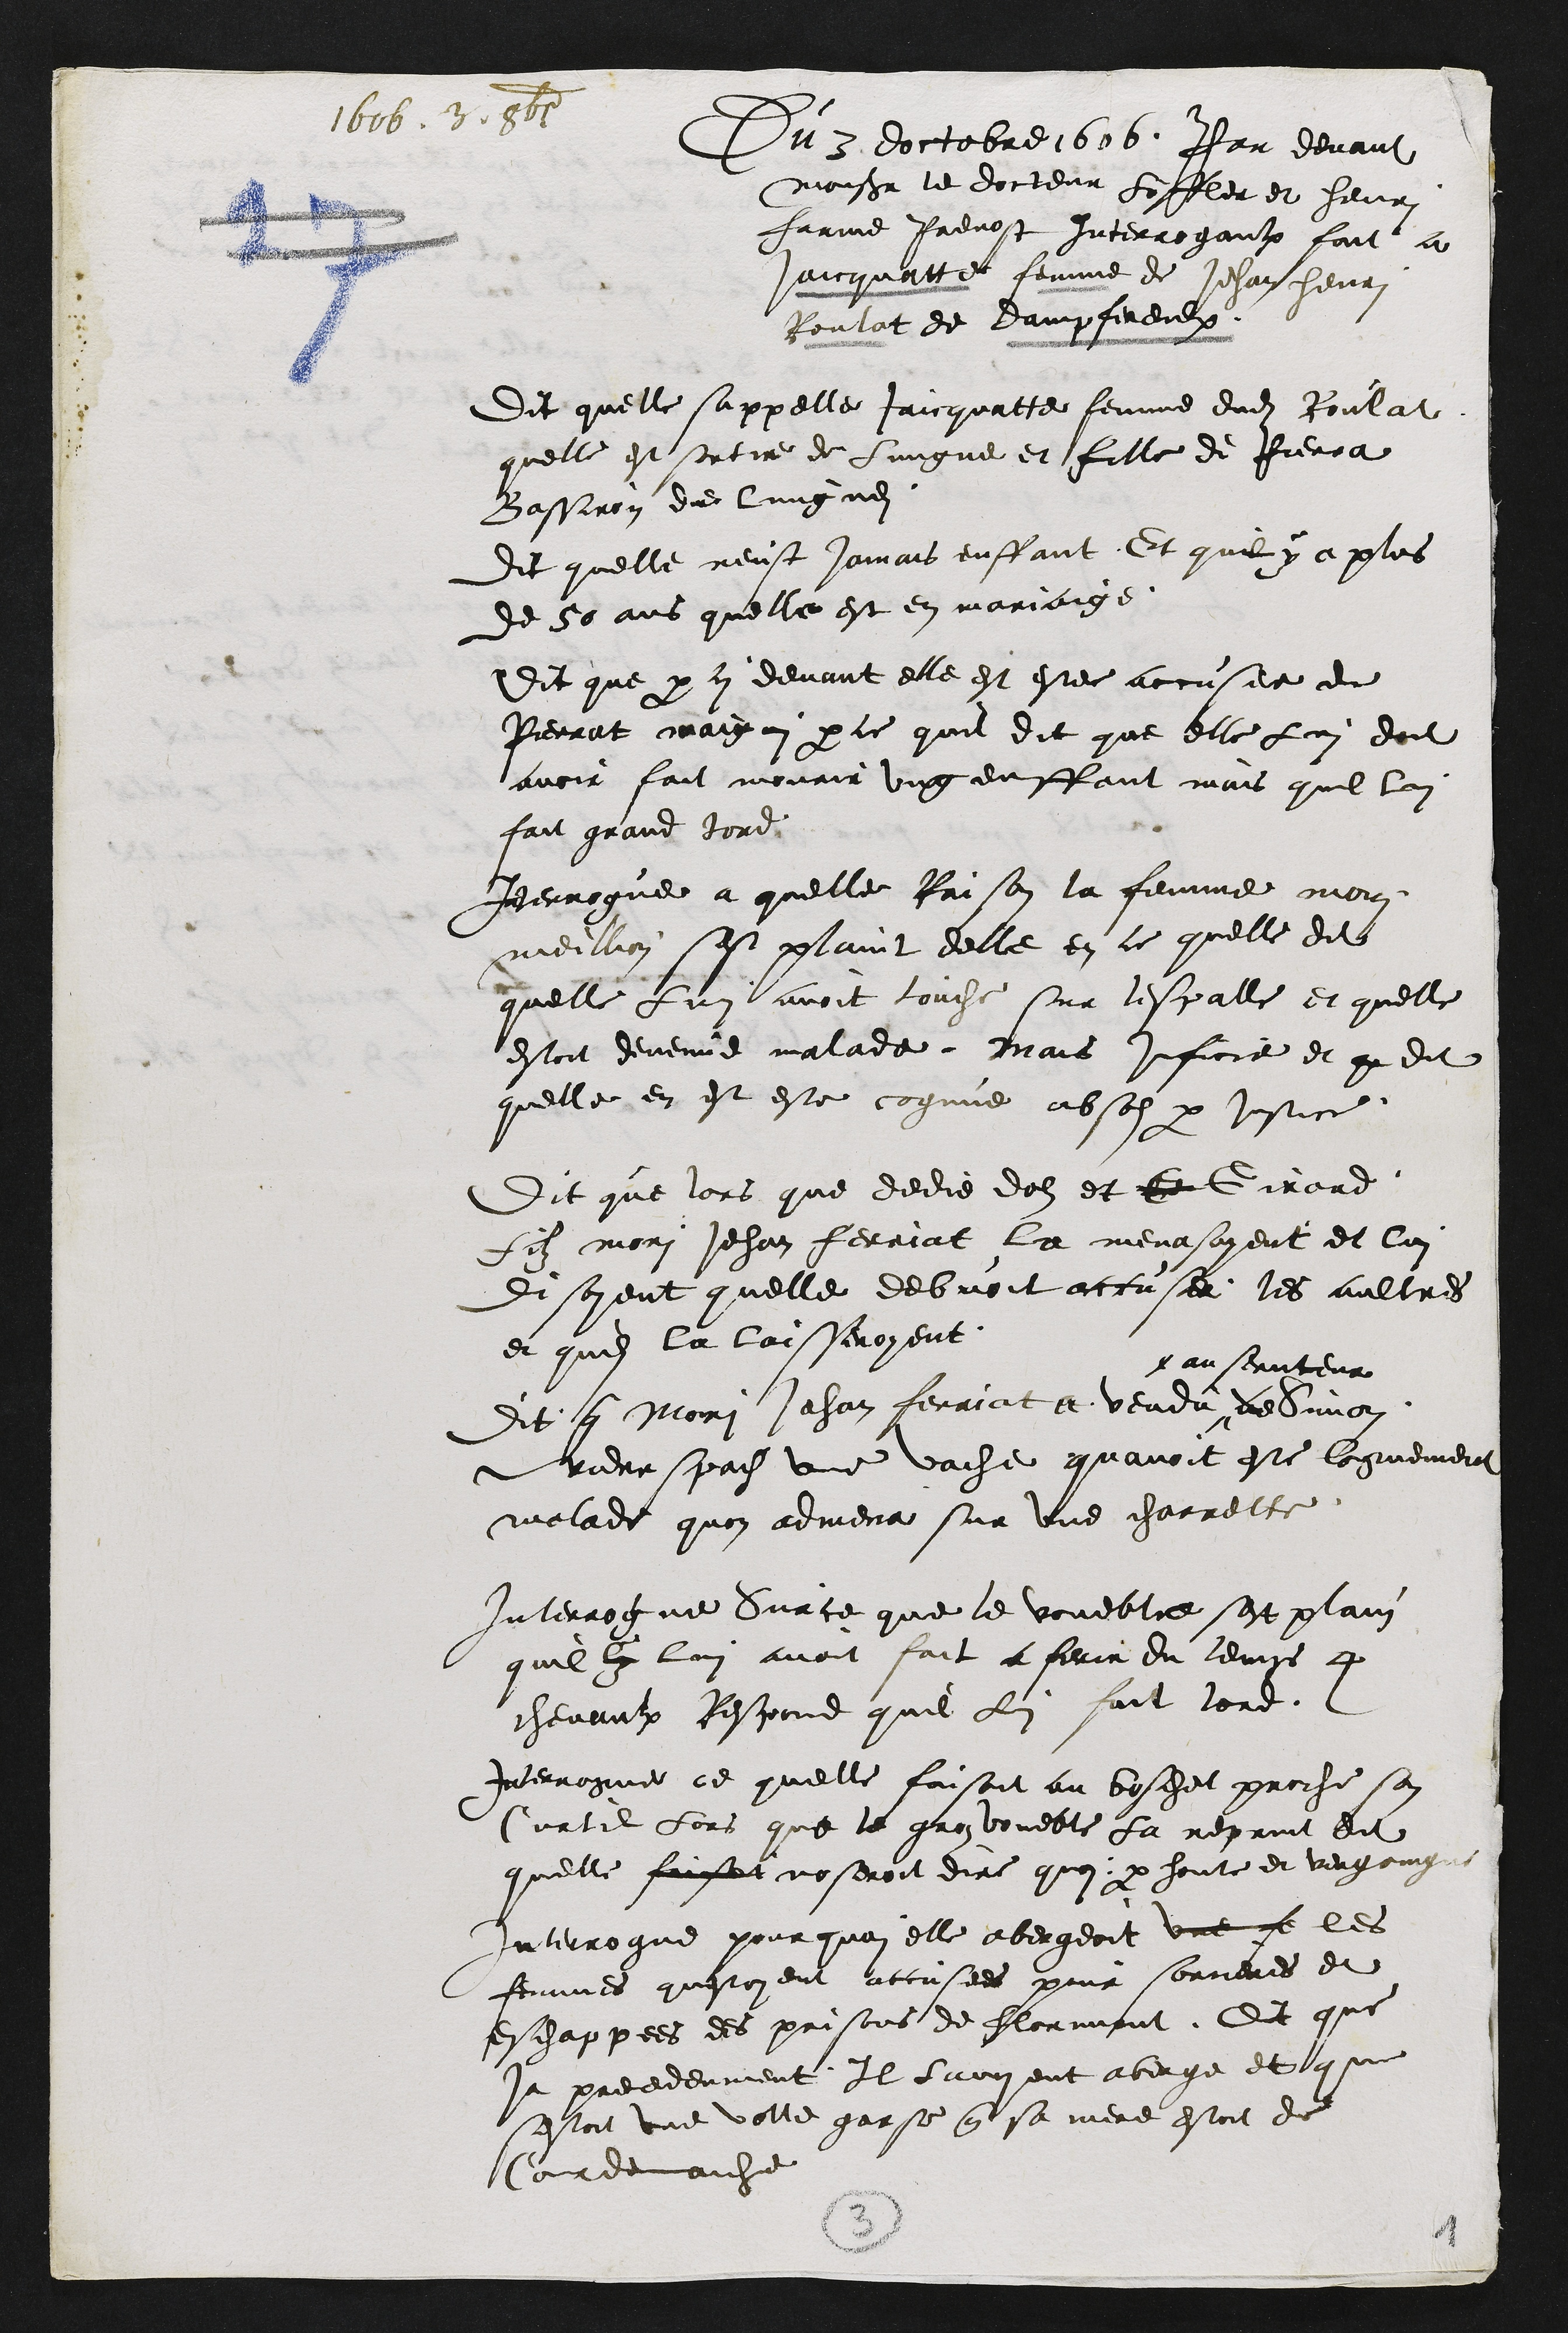
1606. 3. Octobris
Du 3 doctobre 1606. Par devant
Monsieur le docteur Löffler et henri
farine Prevost interrogaulx fait a
Jaicquatte femme de Jehan henri
Roulat de Dampfereulx.
Dit quelle sappelle Jaicquatte femme dudit Roulat
quelle est sortie de Lungne et fille de Pierra
Bassiron dudit lungnei.
Dit quelle neust jamais enffant, Et quil y a plus
de 50 ans quelle est en mariaige.
Dit que par ci devant elle est estee accusee de
Pierrat maigui par ce quil dit que elle Lui doit
avoir fait mourir ung enffant mais quil lui
fait grand tord
Interrogue a quelle Raison la femme mori
meillion sest plaint delle en ce quelle dit
quelle Lui avoit touche sur lespalle et quelle
estoit devenue malade, mais inficie et que dit
quelle en est este cognue absos par justice.
Dit que lors que dedie dolz et Ge Girard
filz mori Jehan ferriat la menassoyent et lui
disoyent quelle debvoit accuser les aultres
et quil la laisseroyent.
Dit que Mori Jehan ferriat a vendu "
x au serviteur
de Simon
Viderspach une vache quavoit este longuement
malade quon admena sur une charrette.
Interrogue Sur ce que le voueble sest plain
quil ly lui avoit fait a perir du temps 4
chevaulx Respond quil Lui fait tord.
Interrogue ce quelle faisoit au boschet proche son
Curtil Lors que le gros voueble La reprint di
quelle faisoit noseroit dire quoi par honte et vergongne
Interrogue pour quoi elle abergeoit une fe les
femmes questoyent accusees pour sorcieres et
eschappees des prisons de Florimont, dit que
ja precedenment, Il Lavoient aberge et que
sestoit une velle garse que sa mere estoit de
Cordemaiche